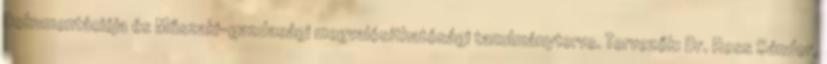
Dokumentációja és Műszaki-gazdasági megvalósíthatósági tanulmányterve. Tervezők: Dr. Ress Sándor,